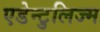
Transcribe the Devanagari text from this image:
एडेन्टुलिज्म